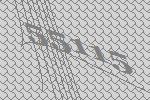
55115